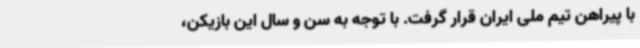
با پیراهن تیم ملی ایران قرار گرفت. با توجه به سن و سال این بازیکن،